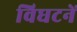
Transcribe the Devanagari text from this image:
विघटनें